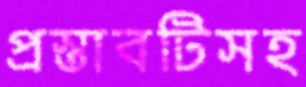
প্রস্তাবটিসহ